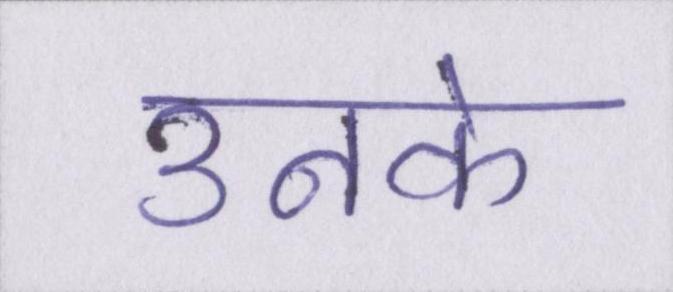
उनके